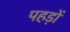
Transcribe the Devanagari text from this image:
पहड़ों